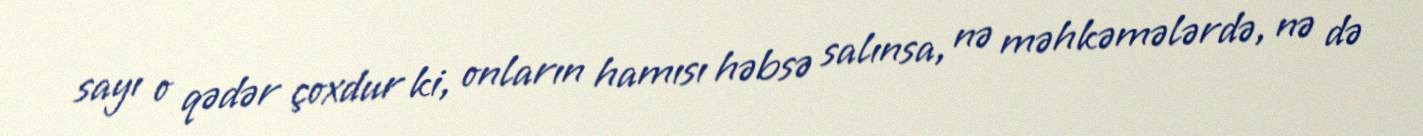
sayı o qədər çoxdur ki, onların hamısı həbsə salınsa, nə məhkəmələrdə, nə də